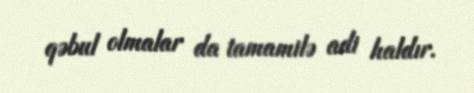
qəbul olmalar da tamamilə adi haldır.